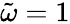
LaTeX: \tilde{\omega}=1